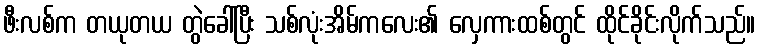
ဖီးလစ်က တယုတယ တွဲခေါ်ပြီး သစ်လုံးအိမ်ကလေး၏ လှေကားထစ်တွင် ထိုင်ခိုင်းလိုက်သည်။